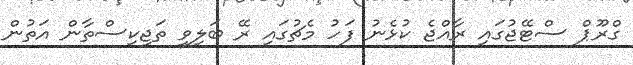
ގްރޫޕް ސްޓޭޖުގައި ރާއްޖެ ކުޅެނު ފަހު މެޗުގައި ރޭ ބަލިވީ ތަޖިކިސްތާން އަތުން